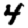
Digit: 4